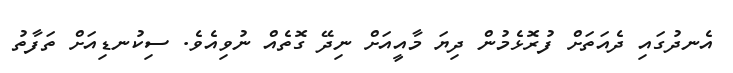
އެނދުގައި ދެއަތަށް ފުރޮޅެމުން ދިޔަ މާއީއަށް ނިދޭ ގޮތެއް ނުވިއެވެ. ސިކުނޑިއަށް ތަފާތު